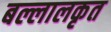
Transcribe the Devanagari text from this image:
बल्लालकृत